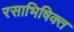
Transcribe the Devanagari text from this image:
रसाभिषिक्त